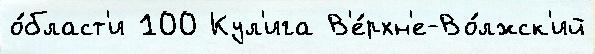
о́бласт'и 100 Кул'ига В'е́рхн'е-Во́лжск'ий